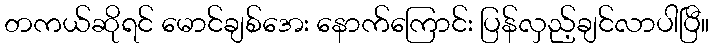
တကယ်ဆိုရင် မောင်ချစ်အေး နောက်ကြောင်း ပြန်လှည့်ချင်လာပါပြီ။